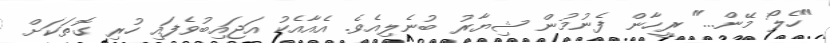
"ހެލޯ މޭން..." ރީހާން ފެނުމުން ޝިޔާރު ބުނެލިއެވެ. އެއާއެކު އަޖައިބުވެފައި ހުރި ގޮތަކަށް